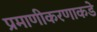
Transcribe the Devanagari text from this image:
प्रमाणीकरणाकडे